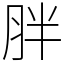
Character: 胖